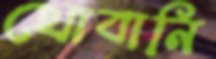
খোবানি